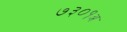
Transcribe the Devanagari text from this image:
७३०१अ